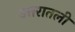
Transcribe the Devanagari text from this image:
उत्तरातली